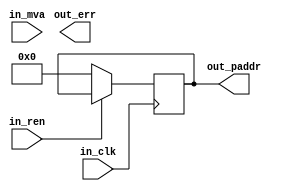
// In ARM9, CPU gives MMU a Modified virtual address (MVA).
// Table Index = TI
//
// ARM9 version MVA (32-bit addresses)
// ============
// If VA[31:25] == 0,
//      MVA = 7 bits PID + 25 bit address, for fast context switching
//      = 128 processes + 32MB addressable space = 4GB total VM
//      Virtual Addresses available to each process = 0x00000000 -> 0x01ffffff
//      Virtual address actually used: (PID*32MB) -> (PID*32MB+0x01ffffff)
// Else, MVA is:
// | L1 TI   |   L2 TI    |  Page index
// --------------------------------------
// 31       20 19       12 11           0
// 
// L1 TI = [31:20] = 12 bits = 4096 translation tables
// L2 TI = [19:12] = 8 bits = 256 page table entries
// Page index = [11:0] = 12 bits = 4096 subpages per page table
// The translation table has up to 4096 x 32-bit entries, each describing
// 1MB of virtual memory. This allows up to 4GB of virtual memory to be addressed.
// TTE provides base address for 256 PTEs = 1MB split into 4kB blocks
// 4 byte Translation table entry (TTE) and 4 byte Page table entry (PTE)
//
// This means 32 tables per process.
//
// Our version MVA (14 bit addresses)
// ===========
// If VA[13:11] == 0
//      MVA = 3 bits PID + 11 bit address, for fast context switching
//      = 8 processes + 2kb addressable space = 16kB total VM
//      Virtual Addresses available to each process = 0x0000 -> 0x0800
//      Virtual address actually used: (PID*2kB) -> (PID*2kB+0x0800)
// Else, MVA is:
// |  L1 TI  | L2 TI | Page index
// ------------------------------
// 13       9 8     5 4         0
//
// L1 TI = [13:9] = 5 bits = 32 translation tables
// L2 TI = [8:5] = 4 bits = 16 page tables
// Page index = [4:0] = 5 bits = 32 bytes per page table
// The translation table (L1) has up to 32 32-bit entries, each describing
// 512 bytes of virtual memory. This allows up to 16kB of virtual memory to be addressed.
// TTE provides base address to 16 PTEs = 512 bytes split into 32 byte blocks
// 14-bit Translation table entry (TTE) and 14-bit Page table entry (PTE)
// This means, 4 tables per process.
//
// Example, (make sure to zero index)
// 4th proc, addr 0x200 = 01101 0000 00000 (13th table, 0th page, 0 offset)
// 4th proc, addr 0x700 = 01111 1000 00000 (15th table, 8th page, 0 offset)
//
// Level one descriptor = TTB[31:14] + Table index[31:20] + (bit 1 and 0 set to 0)
// Level two descriptor (L2D) = Section/table base address + section/table index
//      - MVA if it ends with
//          - 00 -> invalid
//          - 10 -> section (not implemented)
//          - 01 -> coarse page table -> read VA[19:12]
//              - 00 -> invalid
//              - 01 -> 64kb subpage -> read VA[15:0]
//              - 10 -> 4kb subpage -> read VA[11:0]
//              - 11 -> invalid
//          - 11 -> fine page table -> read VA[19:10]
//              - 00 -> invalid
//              - 01 -> 64kb subpage
//              - 10 -> 4kb subpage
//              - 11 -> 1kb subpage -> read VA[9:0]
//
module tlb(
    input   wire        in_clk,
    input   wire        in_ren,
    input   wire [13:0] in_mva,
    output  wire        out_err,
    output  wire [13:0] out_paddr
    );

    // L1 cache that maps virtual page numbers to physical page numbers
    // Contains complete page table entries for N pages
    reg [13:0] cache [7:0];

    reg [13:0] r_paddr;
    reg r_err; // page fault

    assign out_paddr = r_paddr;

    always @(posedge in_clk) begin
        if (in_ren) begin
            // check cache in parallel for mva

        end else begin
            r_paddr <= 0;
            r_err <= 0;
        end
    end
endmodule